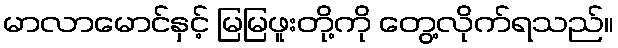
မာလာမောင်နှင့် မြမြဖူးတို့ကို တွေ့လိုက်ရသည်။